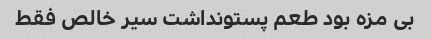
بی مزه بود طعم پستونداشت سیر خالص فقط